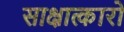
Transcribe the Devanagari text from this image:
साक्षात्कारो